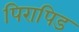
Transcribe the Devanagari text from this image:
पिरापिड